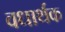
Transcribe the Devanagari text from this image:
वधार्थक